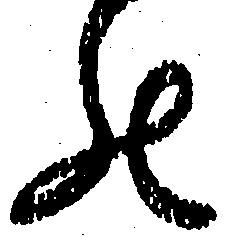
の